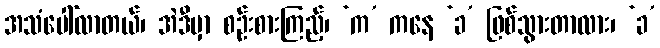
အသံပေါ်လာတယ်၊ အဲဒီမှာ စဉ်းစားကြည့်၊ ‘က’ ကနေ ‘ခ’ ဖြစ်သွားတာလား၊ ‘ခ’